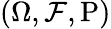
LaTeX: \textstyle(\Omega,{\mathcal{F}},\operatorname{P})